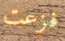
فزعت